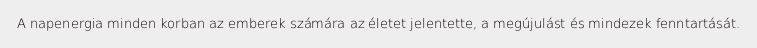
A napenergia minden korban az emberek számára az életet jelentette, a megújulást és mindezek fenntartását.